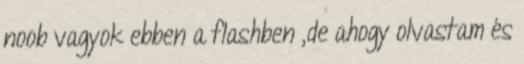
noob vagyok ebben a flashben ,de ahogy olvastam és